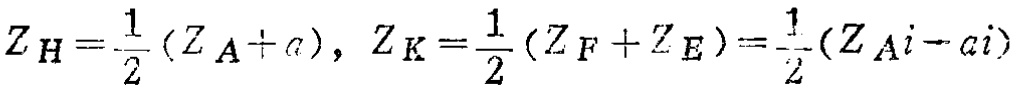
\[Z_H=\frac{1}{2}(Z_A + a),\ Z_K=\frac{1}{2}(Z_F + Z_E)=\frac{1}{2}(Z_Ai - ai)\]